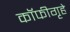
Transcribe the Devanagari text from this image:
कॉफीगृहे